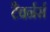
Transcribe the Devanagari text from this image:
टैवर्नर्स